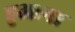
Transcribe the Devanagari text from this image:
हुआना